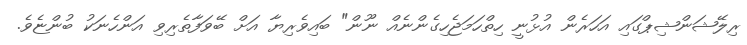
ރިލޭޝަންޝިޕްގައި އަހަރެން އުޅުނީ ހިތްހަމަޖެހިގެންނެއް ނޫން" ބައިވެރިޔާ އަށް ބޭވަފާތެރިވި އަންހެނަކު ބުންޏެވެ.